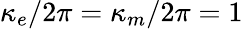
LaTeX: \kappa_{e}/2\pi=\kappa_{m}/2\pi=1